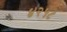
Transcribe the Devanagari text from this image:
४२५८